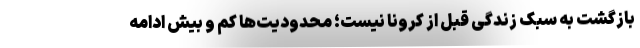
بازگشت به سبک زندگی قبل از کرونا نیست؛ محدودیت‌ها کم و بیش ادامه